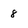
Character: 8